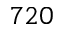
7 2 0